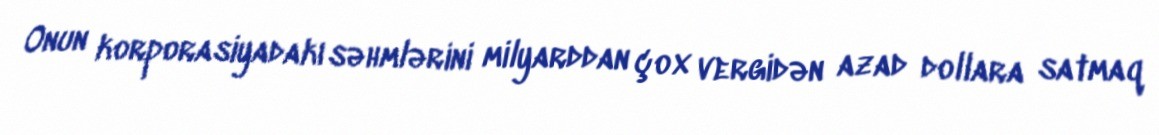
Onun korporasiyadakı səhmlərini milyarddan çox vergidən azad dollara satmaq